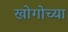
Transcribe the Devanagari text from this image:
खोगोच्या